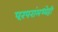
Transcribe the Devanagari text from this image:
परंपरांमध्येही